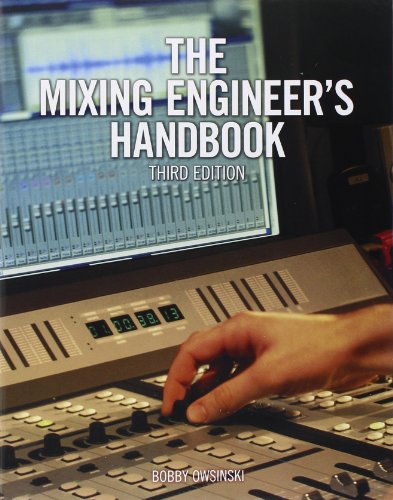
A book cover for The Mixing Engineer's Handbook; Bobby Owsinski; Arts & Photography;